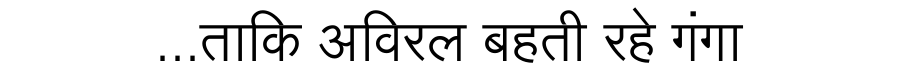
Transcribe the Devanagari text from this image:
...ताकि अविरल बहती रहे गंगा